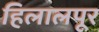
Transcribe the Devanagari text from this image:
हिलालपूर